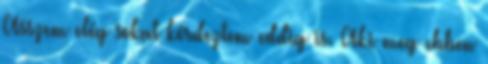
Asszem elég sokat kérdeztem eddig is. Aki meg ebben